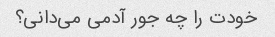
خودت را چه جور آدمی می‌دانی؟